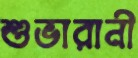
শুভারানী